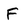
Character: F